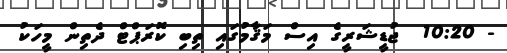
- 10:20  ޖުޑީޝަރީގެ އިސް މަޤާމުގައި ތިބި ކޮރަޕްޓް ދެތިން މީހަކު